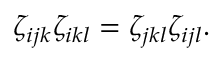
\zeta _ { i j k } \zeta _ { i k l } = \zeta _ { j k l } \zeta _ { i j l } .